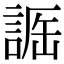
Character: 𧨵